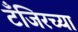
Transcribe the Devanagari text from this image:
टँजिरच्या